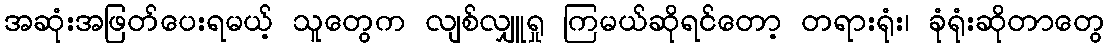
အဆုံးအဖြတ်ပေးရမယ့် သူတွေက လျစ်လျှူရှု ကြမယ်ဆိုရင်တော့ တရားရုံး၊ ခုံရုံးဆိုတာတွေ